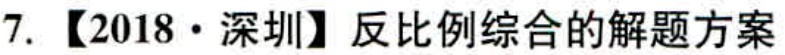
7. 【2018·深圳】反比例综合的解题方案